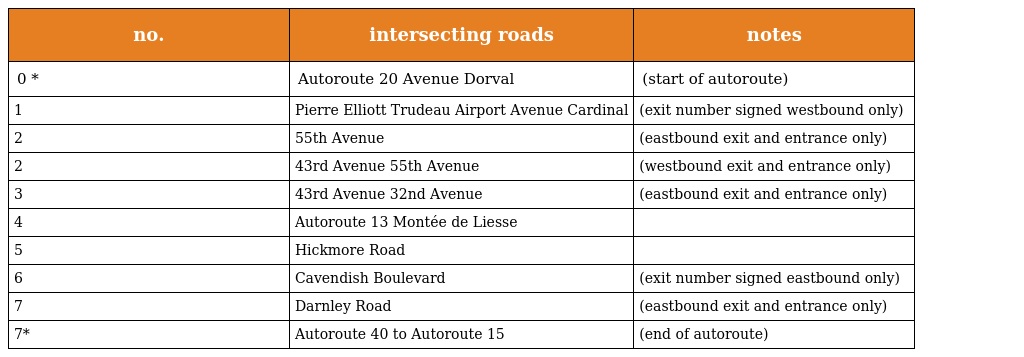
| no. | intersecting roads | notes |
 | --- | --- | --- |
 | 0 * | Autoroute 20 Avenue Dorval | (start of autoroute) |
 | 1 | Pierre Elliott Trudeau Airport Avenue Cardinal | (exit number signed westbound only) |
 | 2 | 55th Avenue | (eastbound exit and entrance only) |
 | 2 | 43rd Avenue 55th Avenue | (westbound exit and entrance only) |
 | 3 | 43rd Avenue 32nd Avenue | (eastbound exit and entrance only) |
 | 4 | Autoroute 13 Montée de Liesse |  |
 | 5 | Hickmore Road |  |
 | 6 | Cavendish Boulevard | (exit number signed eastbound only) |
 | 7 | Darnley Road | (eastbound exit and entrance only) |
 | 7* | Autoroute 40 to Autoroute 15 | (end of autoroute) |